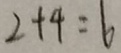
2 + 4 = 6